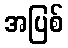
အပြစ်